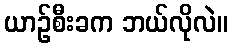
ယာဉ်စီးခက ဘယ်လိုလဲ။